Vaccination in Bombay 1902-1912 - 1902-1912
Year: 1902
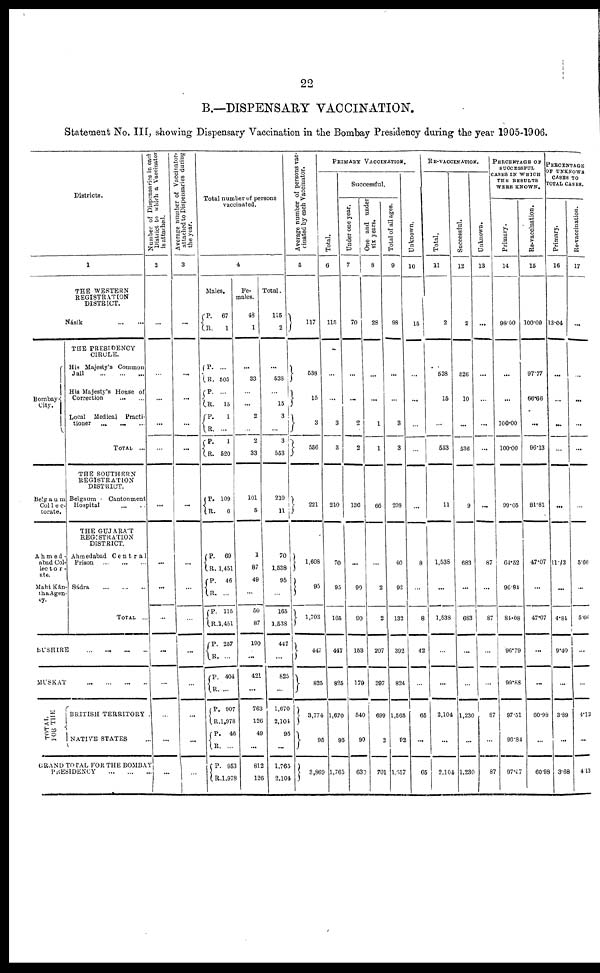
22
B.—DISPENSARY VACCINATION.
Statement No. III, showing Dispensary Vaccination in the Bombay Presidency during the year 1905-1906.
Districts.
1
Bombay
City.
Belgaum
Col1ec¬
torate.
Ahmed¬
nbad Col¬
lector¬
ate.
Mahi Kán¬
tha Agen¬
cy.
THE WESTERN
REGISTRATION
DISTRICT.
Násik
...
...
THE PRESIDENCY
CIRCLE.
His Majesty's Common
Jail
...
...
...
His Majesty's House of
Correction
...
...
Local Medical
Practi-
tioner ... ... ...
TOTAL ...
THE SOUTHERN
REGISTRATION
DISTRICT.
Belgaum
Cantonment
Hospital
...
...
THE GUJARÁT
REGISTRATION
DISTRICT.
Ahmedabad
Central
Prison
...
...
...
Sádra
...
...
...
TOTAL ...
BUSHIRE
...
...
...
...
MUSKAT
...
...
...
...
TOTAL
FOR THE
BRITISH TERRITORY .
NATIVE STATES ...
GRAND TOTAL FOR THE BOMBAY
PRESIDENCY
...
...
...
Number of Dispensaries in each
District to which a Vaccinator
is attached.
2
...
...
...
...
...
...
...
...
...
...
...
...
...
...
Average number of Vnccinator
attached to Dispensaries during
the year.
3
...
...
...
...
...
...
...
...
...
...
...
...
...
...
Total number of persons
vaccinated.
4
Males.
P.
R.
P.
R.
P.
R.
P.
R. P.
R.
P.
R.
P.
R.
P.
R.
P.
R.
P.
R.
P.
R.
P.
R.
P.
R.
P.
R.
67
1
...
505
...
15
1
... 1
620
109
6
69
1,451
46
...
115
1,451
257
...
404
...
907
1,978
46
...
953
1,978
Fe-
males.
48
1
...
33
...
...
2
...
2
33
101
5
1
87
49
...
50
87
190
...
421
...
763
126
49
...
812
126
Total.
115
2
...
538
...
15
3
...
3
553
210
11
70
1,538
95
...
165
1,538
447
...
825
...
1,670
2,104
95
...
1,765
2,104
Average number of persons vac-
cinated by each Vaccinator.
5
117
538
15
3
556
221
1,608
95
1,703
447
825
3,774
95
3,869
PRIMARY VACCINATION.
Total.
6
115
...
...
3
3
210
70
95
165
447
825
1,670
95
1,765
Successful.
Under one year.
7
70
...
...
2
2
136
...
90
90
153
179
540
90
630
One and under
six years.
8
28
...
...
1
1
66
...
2
2
207
397
699
2
701
Total of all ages.
9
98
...
...
3
3
208
40
92
132
392
824
1,565
92
1,657
Unknown.
10
15
...
...
...
...
...
8
...
8
42
...
65
...
65
RE-VACCINATION.
Total.
11
2
538
15
...
553
11
1,538
...
1,538
...
...
2,104
...
2,104
Successful.
12
2
526
10
...
536
9
683
...
683
...
...
1,230
...
1,230
Unknown.
13
...
...
...
...
...
...
87
...
87
...
...
87
...
87
PERCENTAGE OF
SUCCESSFUL
CASES IN WHICH
THE RESULTS
WERE KNOWN.
Primary.
14
98.00
...
...
100.00
100.00
99.05
64.52
96.84
81.08
96.79
99.58
97.51
96.84
97.47
Re-vaccination.
15
100.00
97.77
66.66
...
96.13
81.81
47.07
...
47.07
...
...
60.98
...
60.98
PERCENTAGE
OF UNKNOWN
CASES TO
TOTAL CASES.
Primary.
16
13.04
...
...
...
...
...
11.13
...
4.84
9.40
...
3.89
...
3.68
Re-vaccination.
17
...
...
...
...
...
...
5.66
...
5.66
...
...
4.13
...
4.13